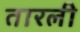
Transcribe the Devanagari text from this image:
तारली